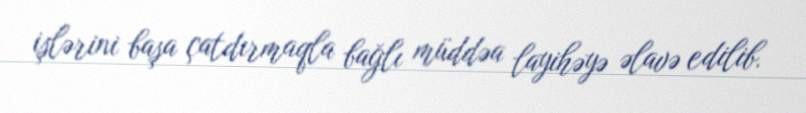
işlərini başa çatdırmaqla bağlı müddəa layihəyə əlavə edilib.